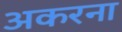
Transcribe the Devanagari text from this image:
अकरना